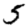
Digit: 5